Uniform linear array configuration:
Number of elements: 4
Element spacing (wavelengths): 0.5
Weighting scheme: cosine
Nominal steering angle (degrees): -15
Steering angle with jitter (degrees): -15.437
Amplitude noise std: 0.05
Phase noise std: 0.05

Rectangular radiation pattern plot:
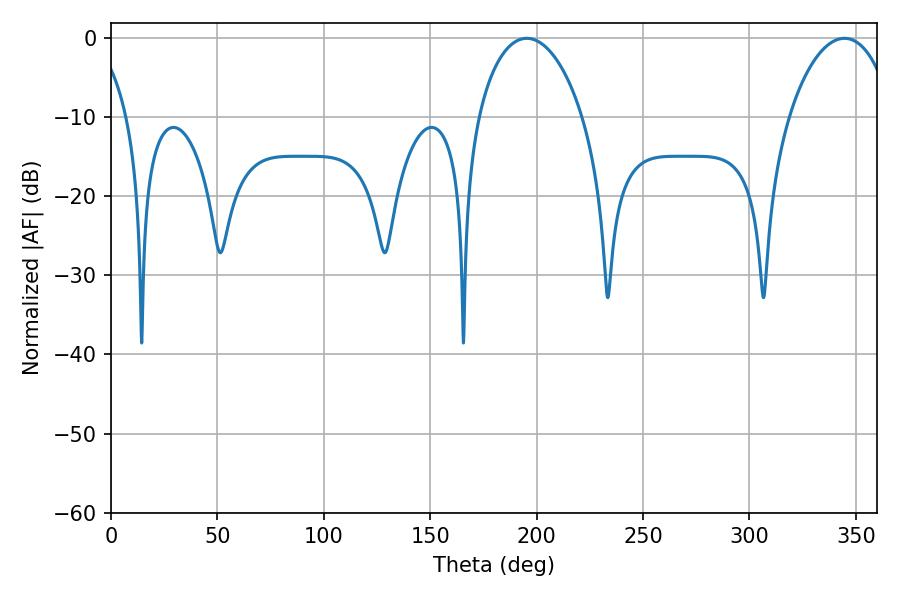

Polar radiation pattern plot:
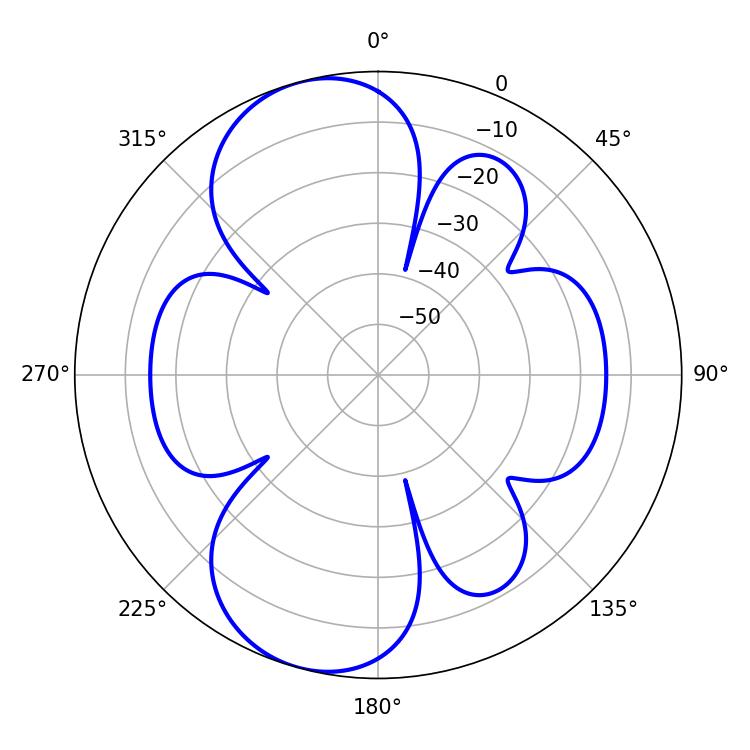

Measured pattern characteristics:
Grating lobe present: FALSE
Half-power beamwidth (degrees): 28.26
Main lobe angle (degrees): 195.3